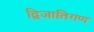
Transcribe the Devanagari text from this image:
द्विजातिगण